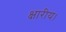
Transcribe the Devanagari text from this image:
क्षारीय।